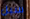
سبل